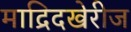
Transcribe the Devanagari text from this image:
माद्रिदखेरीज